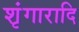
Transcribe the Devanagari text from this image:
शृंगारादि